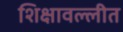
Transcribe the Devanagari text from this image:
शिक्षावल्लीत